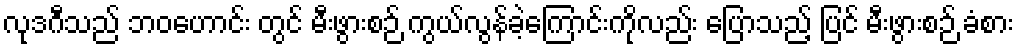
လုဒဂီသည် ဘဝဟောင်း တွင် မီးဖွားစဉ် ကွယ်လွန်ခဲ့ကြောင်းကိုလည်း ပြောသည့် ပြင် မီးဖွားစဉ် ခံစား